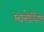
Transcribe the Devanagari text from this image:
आरोधित